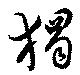
獨